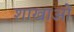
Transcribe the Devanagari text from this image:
शाखाआें